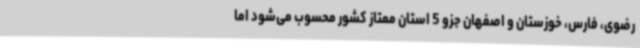
رضوی، فارس، خوزستان و اصفهان جزو 5 استان ممتاز کشور محسوب می‌شود اما